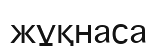
жұқнаса